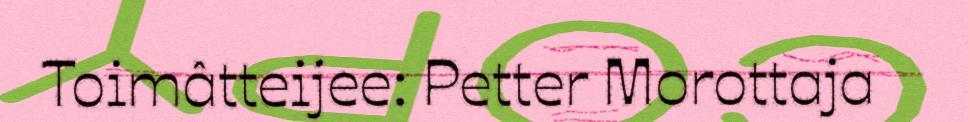
Toimâtteijee: Petter Morottaja